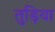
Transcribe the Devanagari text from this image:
तुड़िया